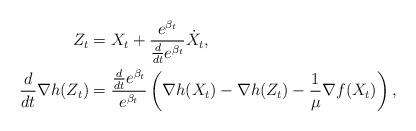
LaTeX: \begin{align*} Z_t &= X_t + \frac{e^{\beta_t}}{\frac{d}{dt} e^{\beta_t}} \dot X_t ,\\ \frac{d}{dt} \nabla h(Z_t) &= \frac{\frac{d}{dt} e^{\beta_t}}{e^{\beta_t}}\left( \nabla h(X_t) - \nabla h(Z_t) - \frac{1}{\mu} \nabla f(X_t)\right), \end{align*}